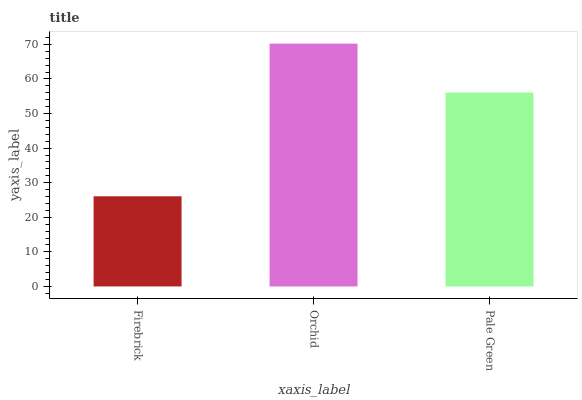
| xaxis_label | bars |
 | --- | --- |
 | Firebrick | 26.1 |
 | Orchid | 70.2 |
 | Pale Green | 56.1 |